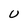
Character: U